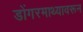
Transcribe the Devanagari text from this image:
डोंगरमाथ्यावरून